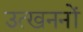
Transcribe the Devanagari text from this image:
उत्‍खननों